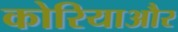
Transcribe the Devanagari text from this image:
कोरियाऔर